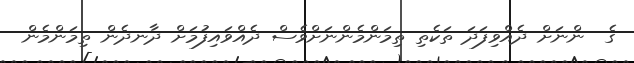
ގެ  ންނަށް ދެއްވިފަދަ ތަކެތި ތިމަންމެންނަށްވެސް ދެއްވައިފުމަށް ދާނދެން ތިމަންމެން